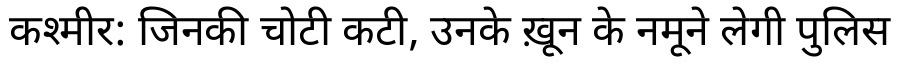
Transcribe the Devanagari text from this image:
कश्मीर: जिनकी चोटी कटी, उनके ख़ून के नमूने लेगी पुलिस